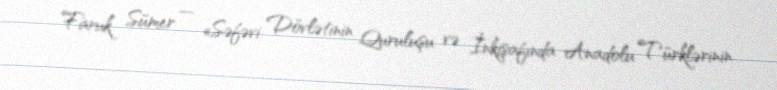
Faruk Sümer — «Səfəvi Dövlətinin Quruluşu və İnkişafında Anadolu Türklərinin